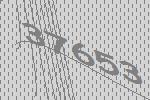
37653